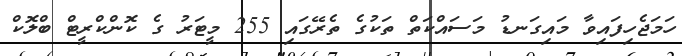
ހަމަޖެހިފައިވާ މައިގަނޑު މަސައްކަތް ތަކުގެ ތެރޭގައި 255 މީޓަރު ގެ ކޮންކްރީޓް ބްލޮކް